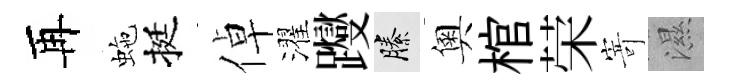
再虵挺倬濯躞縢奧棺荣𭔃濕